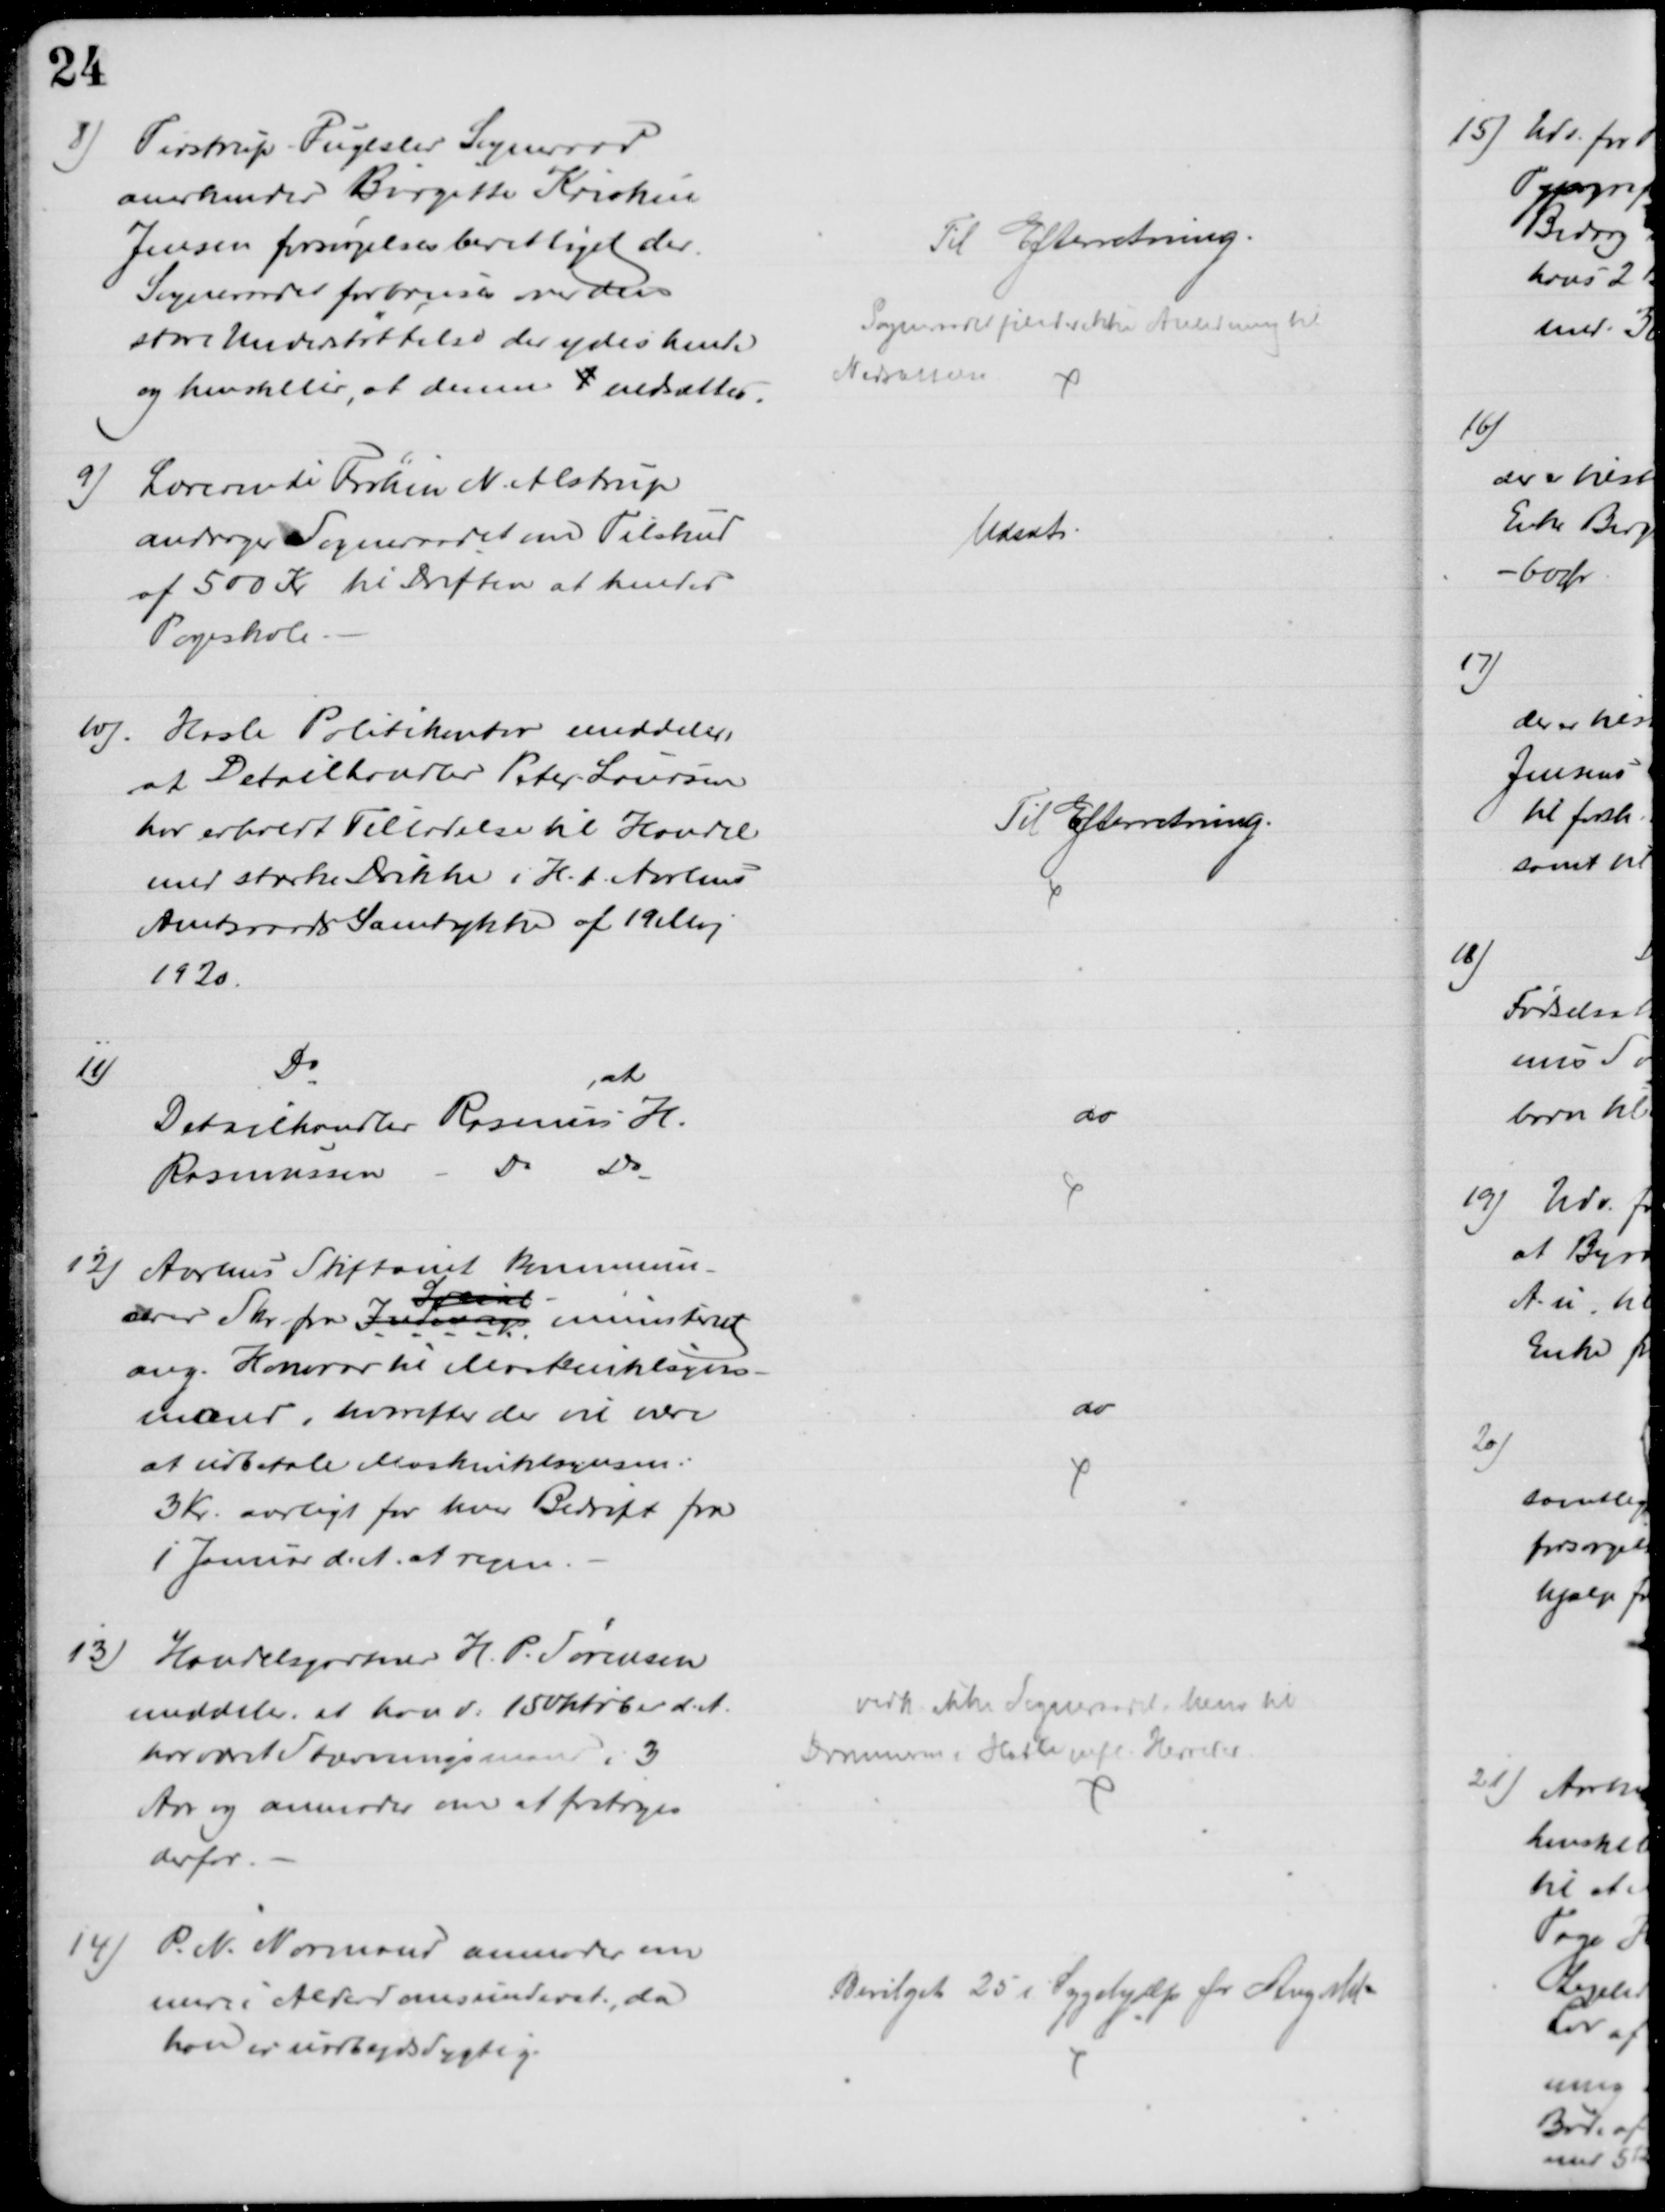
Transskription:
8)
Tirstrup-Fuglslev Sogneraad
anerkender Birgitte Kristine
Jensen forsørgelsesberettiget der.
Sogneraadet forbavses over den
store Understøttelse der ydes hende
og henstiller, at denne 1 nedsættes.
Til Efterretning.
Sogneraadet finder ikke Anledning til
Nedsættelse 
9)
Lærerinde Frøken N. Alstrup
andrager Sogneraadet om Tilskud
af 500 Kr til Driften at hendes
Pogeskole
Udsat
10). Hasle Politikontor meddeler,
at Detailhandler Peter Laursen
har erholdt Tilladelse til Handel
med stærke Drikke i H. t. Aarhus
Amtsraads Samtykke af 19 Maj
1920.
Til Efterretning.
11)
Do
,at
Detailhandler Rasmus H.
Rasmussen
Do
Do
do
12) Aarhus Stiftamt kommuni-
cerer Skr. fra Inderigs
Social-
ministeriet
ang. Honorar til Maskintilsyns-
mænd, hvorefter der vil være
at udbetale Maskintilsynsm:
3 Kr. aarligt for hver Bedrift fra
1 Januar d. A. at regne
do
13)
Handelsgartner H. P. Sørensen
meddeler, at han d: 15 Oktober d. A.
har været Stævningsmand i 3
Aar og anmoder om at fritages
derfor
vedk. ikke Sogneraadet. henv til
Dommerne i Hasle mfl. Herreder.
4)
P. N. Normand anmoder om
mere i Alderdomsunderst, da
han er uarbejdsdygtig.
Bevilget 25 Kr i Sygehjælp for Aug Md